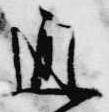
通